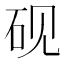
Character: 砚